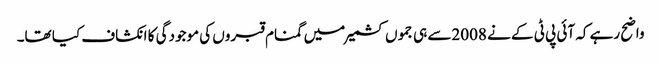
واضح رہے کہ آئی پی ٹی کے نے 2008سے ہی جموں کشمیر میں گمنام قبروں کی موجودگی کا انکشاف کیا تھا۔